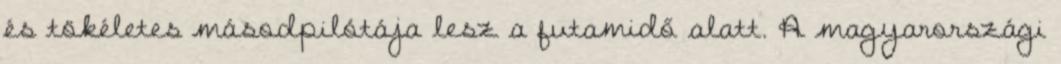
és tökéletes másodpilótája lesz a futamidő alatt. A magyarországi